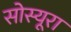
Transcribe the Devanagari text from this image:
सोस्यूरा